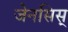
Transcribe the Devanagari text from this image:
जेनसिस्